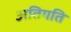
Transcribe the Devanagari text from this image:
अतिगति